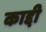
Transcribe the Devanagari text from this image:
काद्दी